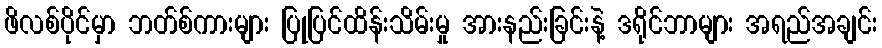
ဖိလစ်ပိုင်မှာ ဘတ်စ်ကားများ ပြုပြင်ထိန်းသိမ်းမှု အားနည်းခြင်းနဲ့ ဒရိုင်ဘာများ အရည်အချင်း